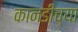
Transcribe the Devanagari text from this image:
कानडीच्या